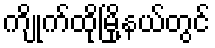
ကျိုက်ထိုမြို့နယ်တွင်